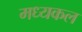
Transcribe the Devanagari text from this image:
मध्यकल